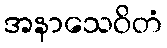
အနာသေဝိတံ